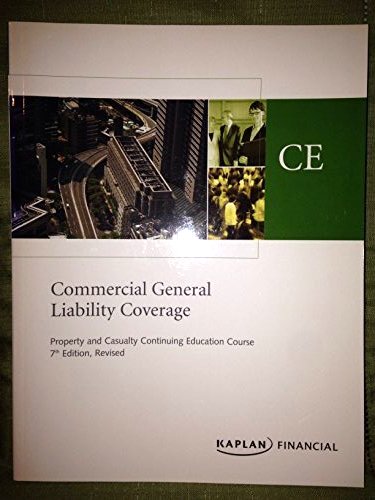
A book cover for Commercial General Liability Coverage Text; Kaplan Financial; Business & Money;